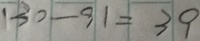
1 3 0 - 9 1 = 3 9